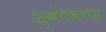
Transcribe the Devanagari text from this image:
श्वेतवराह